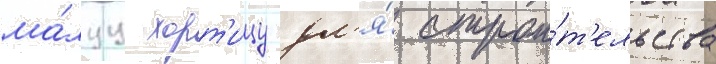
ма́луу хорт'ицу дл'я́ строи́т'ельства